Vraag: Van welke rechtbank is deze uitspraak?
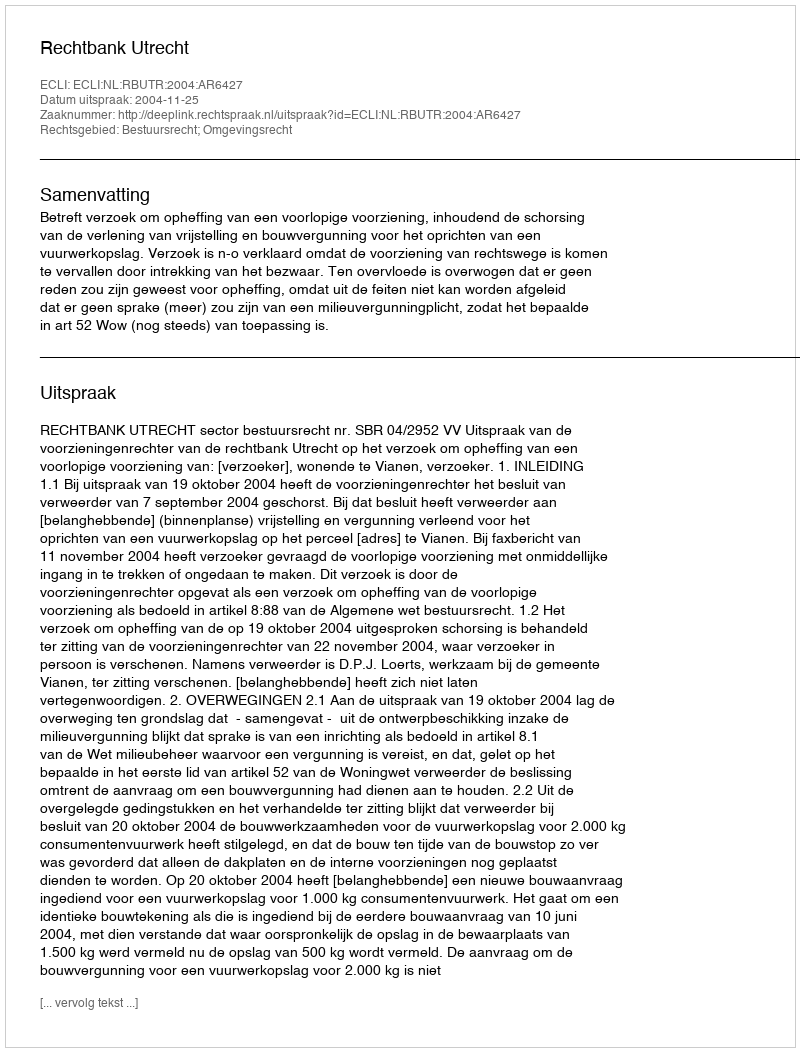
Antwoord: Rechtbank Utrecht